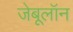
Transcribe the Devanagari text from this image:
जेबूलॉन